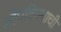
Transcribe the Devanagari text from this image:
सोपविण्याची